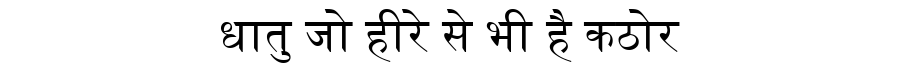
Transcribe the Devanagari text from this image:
धातु जो हीरे से भी है कठोर